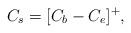
LaTeX: \begin{align*} C_s=[C_b-C_e]^+,\end{align*}